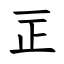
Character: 㱏